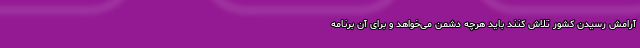
آرامش رسیدن کشور تلاش کنند باید هرچه دشمن می‌خواهد و برای آن برنامه